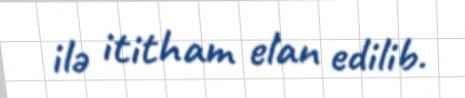
ilə ititham elan edilib.